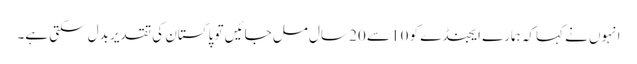
انہوں نے کہاکہ ہمارے ایجنڈے کو 10 سے 20 سال مل جائیں تو پاکستان کی تقدیر بدل سکتی ہے۔